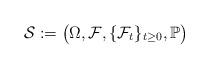
LaTeX: \begin{align*}\mathcal{S}:=\bigl(\Omega,\mathcal{F},\{\mathcal{F}_t\}_{t\ge 0},\mathbb{P}\bigr)\end{align*}